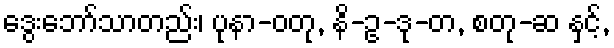
ဒွေးဘော်သာတည်း၊ ပုနာ-ဝတု, နိ-ဥ-ဒု-တ, စတု-ဆ နှင့်,